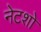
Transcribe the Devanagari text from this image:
नेटशो